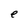
Character: e